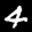
Label: 4